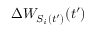
\Delta W _ { S _ { i } ( t ^ { \prime } ) } ( t ^ { \prime } )